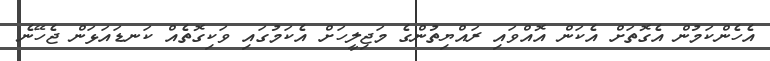
އެހެންކަމުން އެގޮތަށް އެކަން އޮއްވައި ރައްޔިތުންގެ މަޖިލީހަށް އެކަމުގައި ވަކިގޮތެއް ކަނޑައަޅަން ޖެހޭނެ